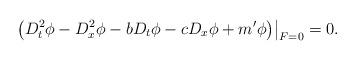
LaTeX: \begin{align*}\big( D_t^2\phi -D_x^2\phi -bD_t\phi -cD_x\phi +m'\phi \big)\big|_{F=0}=0 .\end{align*}